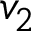
v _ { 2 }